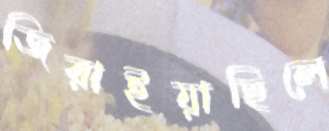
জিরাইয়াছিলে